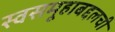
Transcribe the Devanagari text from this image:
स्वसमूहाबद्दलची